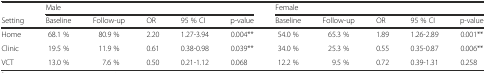
|  | <COLSPAN=5> Male | <COLSPAN=5> Female |
 | Setting | Baseline | Follow-up | OR | 95 % CI | p-value | Baseline | Follow-up | OR | 95 % CI | p-value |
 | --- | --- | --- | --- | --- | --- | --- | --- | --- | --- | --- |
 | Home | 68.1 % | 80.9 % | 2.20 | 1.27-3.94 | 0.004** | 54.0 % | 65.3 % | 1.89 | 1.26-2.89 | 0.001** |
 | Clinic | 19.5 % | 11.9 % | 0.61 | 0.38-0.98 | 0.039** | 34.0 % | 25.3 % | 0.55 | 0.35-0.87 | 0.006** |
 | VCT | 13.0 % | 7.6 % | 0.50 | 0.21-1.12 | 0.068 | 12.2 % | 9.5 % | 0.72 | 0.39-1.31 | 0.258 |